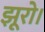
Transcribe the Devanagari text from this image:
झूरो।